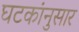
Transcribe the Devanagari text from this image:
घटकांनुसार